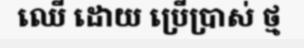
ឈើ ដោយ ប្រើប្រាស់ ថ្ម